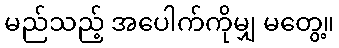
မည်သည့် အပေါက်ကိုမျှ မတွေ့။